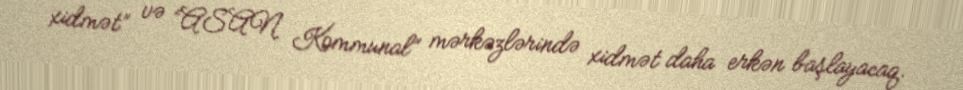
xidmət” və “ASAN Kommunal” mərkəzlərində xidmət daha erkən başlayacaq.